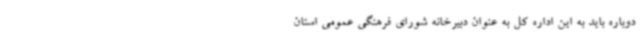
دوباره باید به این اداره کل به عنوان دبیرخانه شورای فرهنگی عمومی استان